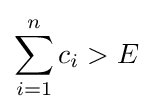
\sum _{i=1}^{n}c_{i}>E